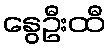
နွေဦးထီ